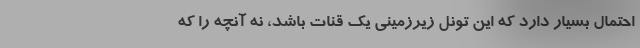
احتمال بسیار دارد که این تونل زیرزمینی یک قنات باشد، نه آنچه را که